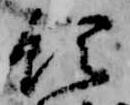
領